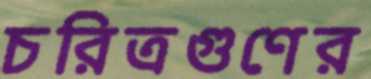
চরিত্রগুণের